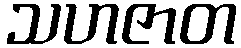
သဟဇာတ